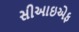
સીઆઇએફ